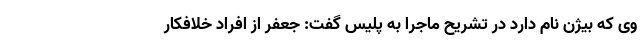
وی که بیژن نام دارد در تشریح ماجرا به پلیس گفت: جعفر از افراد خلافکار